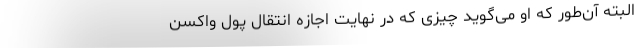
البته آن‌طور که او می‌گوید چیزی که در نهایت اجازه انتقال پول واکسن